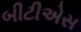
બીટીએસ